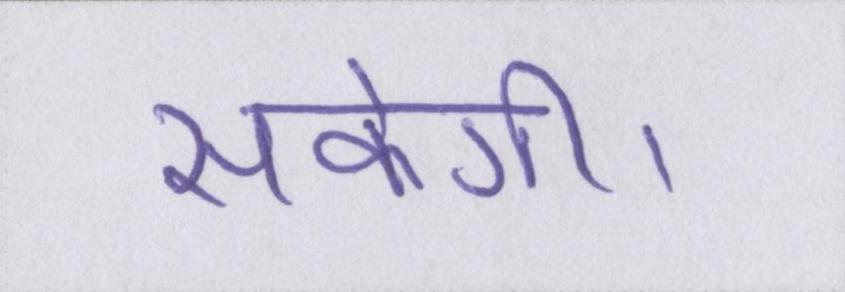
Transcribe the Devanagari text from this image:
सकेगी।